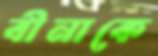
বীনাকে